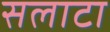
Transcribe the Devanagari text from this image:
सलाटा